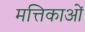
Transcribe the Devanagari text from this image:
मत्तिकाओं